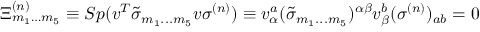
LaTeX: \Xi _ { { m } _ { { 1 } } \ldots { m } _ { { 5 } } } ^ { { ( n ) } } \equiv S p ( v ^ { { T } } \tilde { \sigma } _ { { m } _ { { 1 } } { \bf . . . } { m } _ { { 5 } } } v \sigma ^ { { ( n ) } } ) \equiv v _ { \alpha } ^ { { a } } ( \tilde { \sigma } _ { { m } _ { { 1 } } { \bf . . . } { m } _ { { 5 } } } ) ^ { \alpha \beta } v _ { \beta } ^ { { b } } ( \sigma ^ { { ( n ) } } ) _ { { a b } } = 0